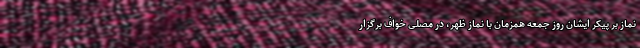
نماز بر پیکر ایشان روز جمعه همزمان با نماز ظهر، در مصلی خواف برگزار